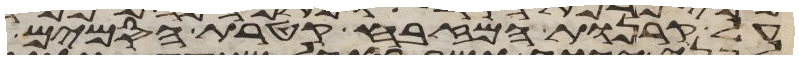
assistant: על קרנות המזבח קטרת הסמים